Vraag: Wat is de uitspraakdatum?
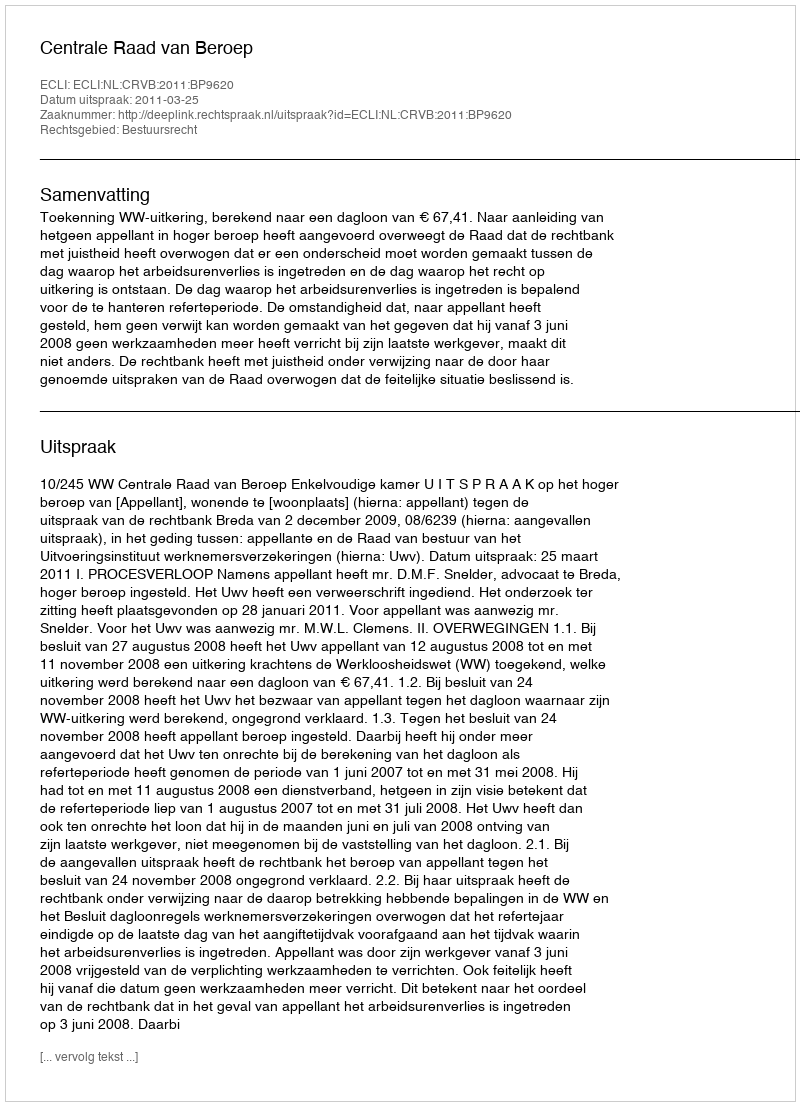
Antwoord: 2011-03-25